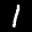
Label: 1